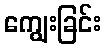
ကျွေးခြင်း